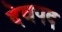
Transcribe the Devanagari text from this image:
देवपद